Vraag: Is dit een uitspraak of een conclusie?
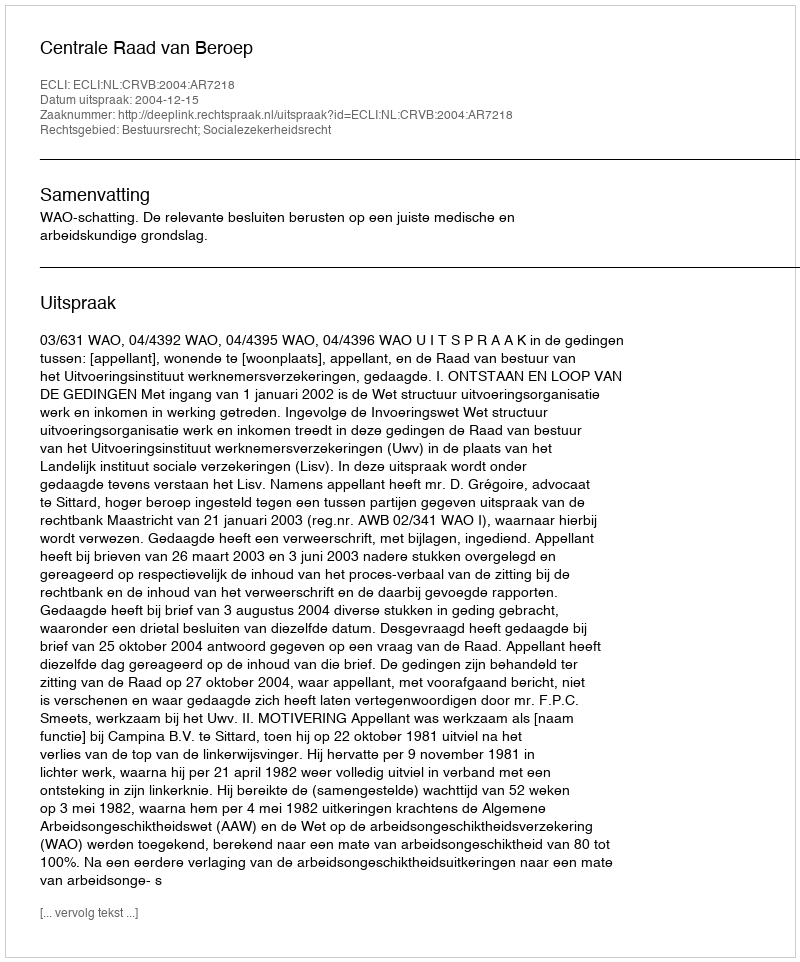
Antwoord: Uitspraak